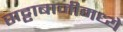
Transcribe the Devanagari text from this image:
सट्टाबाजीमध्ये